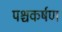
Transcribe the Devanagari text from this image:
पश्चकर्षण